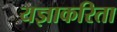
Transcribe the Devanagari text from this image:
यज्ञाकरिता